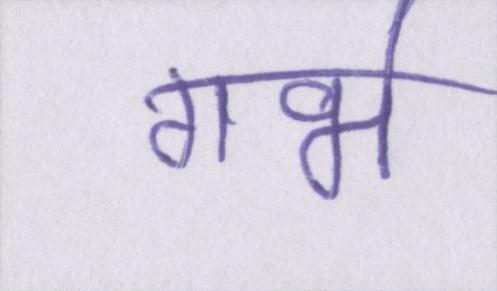
गर्भ